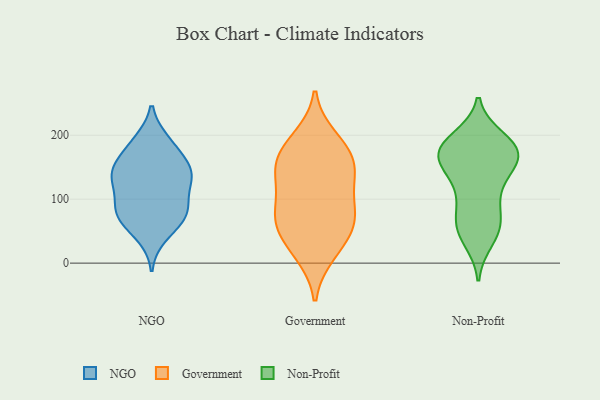
{"axis": {"x": "Net Income (USD K)", "y": "Value"}, "legend": ["Government", "NGO", "Non-Profit"], "data": [{"x": "", "y": 190, "type": "NGO"}, {"x": "", "y": 150, "type": "NGO"}, {"x": "", "y": 84, "type": "NGO"}, {"x": "", "y": 77, "type": "NGO"}, {"x": "", "y": 42, "type": "NGO"}, {"x": "", "y": 60, "type": "NGO"}, {"x": "", "y": 92, "type": "NGO"}, {"x": "", "y": 172, "type": "NGO"}, {"x": "", "y": 135, "type": "NGO"}, {"x": "", "y": 151, "type": "NGO"}, {"x": "", "y": 143, "type": "NGO"}, {"x": "", "y": 79, "type": "NGO"}, {"x": "", "y": 191, "type": "NGO"}, {"x": "", "y": 137, "type": "NGO"}, {"x": "", "y": 127, "type": "NGO"}, {"x": "", "y": 75, "type": "NGO"}, {"x": "", "y": 118, "type": "NGO"}, {"x": "", "y": 128, "type": "Government"}, {"x": "", "y": 180, "type": "Government"}, {"x": "", "y": 15, "type": "Government"}, {"x": "", "y": 158, "type": "Government"}, {"x": "", "y": 132, "type": "Government"}, {"x": "", "y": 170, "type": "Government"}, {"x": "", "y": 24, "type": "Government"}, {"x": "", "y": 71, "type": "Government"}, {"x": "", "y": 65, "type": "Government"}, {"x": "", "y": 195, "type": "Government"}, {"x": "", "y": 88, "type": "Government"}, {"x": "", "y": 143, "type": "Government"}, {"x": "", "y": 73, "type": "Government"}, {"x": "", "y": 54, "type": "Government"}, {"x": "", "y": 155, "type": "Non-Profit"}, {"x": "", "y": 113, "type": "Non-Profit"}, {"x": "", "y": 175, "type": "Non-Profit"}, {"x": "", "y": 66, "type": "Non-Profit"}, {"x": "", "y": 140, "type": "Non-Profit"}, {"x": "", "y": 182, "type": "Non-Profit"}, {"x": "", "y": 175, "type": "Non-Profit"}, {"x": "", "y": 177, "type": "Non-Profit"}, {"x": "", "y": 53, "type": "Non-Profit"}, {"x": "", "y": 61, "type": "Non-Profit"}, {"x": "", "y": 159, "type": "Non-Profit"}, {"x": "", "y": 174, "type": "Non-Profit"}, {"x": "", "y": 36, "type": "Non-Profit"}, {"x": "", "y": 192, "type": "Non-Profit"}, {"x": "", "y": 84, "type": "Non-Profit"}, {"x": "", "y": 107, "type": "Non-Profit"}, {"x": "", "y": 146, "type": "Non-Profit"}, {"x": "", "y": 173, "type": "Non-Profit"}, {"x": "", "y": 195, "type": "Non-Profit"}, {"x": "", "y": 47, "type": "Non-Profit"}]}